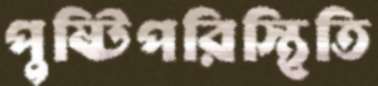
পুষ্টিপরিস্থিতি